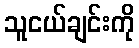
သူငယ်ချင်းကို